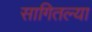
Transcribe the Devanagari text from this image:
सागितल्या